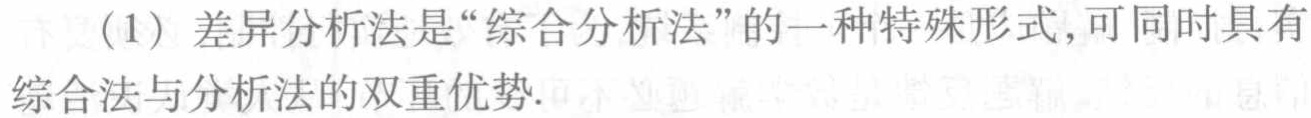
（1）差异分析法是“综合分析法”的一种特殊形式，可同时具有综合法与分析法的双重优势.